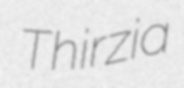
Thirzia